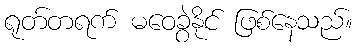
ရုတ်တရက် မဝေခွဲနိုင် ဖြစ်နေသည်။